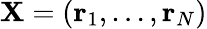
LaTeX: \mathbf{X}=(\mathbf{r}_{1},...,\mathbf{r}_{N})